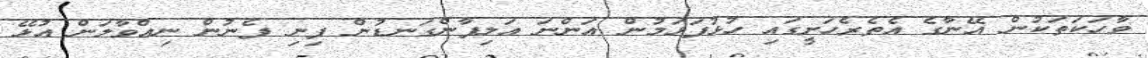
ވާހަކަތަކުން އޭނާގެ އެތެރެހަށީގައި ހުޅުފަޅަމުން އަންނަ އަލިފާންގަނޑުން ފިނި ފެނުން ނިއްވާލަން އުޅޭ